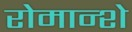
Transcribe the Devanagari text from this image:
रोमान्शे